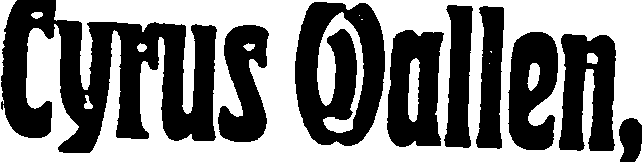
Cyrus Wallen,